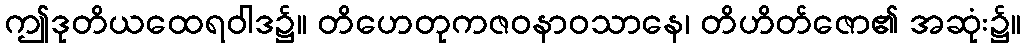
ဤဒုတိယထေရဝါဒ၌။ တိဟေတုကဇဝနာဝသာနေ၊ တိဟိတ်ဇော၏ အဆုံး၌။